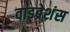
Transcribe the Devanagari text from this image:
वाइब्रेशंस